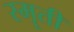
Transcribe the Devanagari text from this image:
स्मॄती